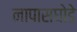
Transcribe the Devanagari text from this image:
नापासघोडे